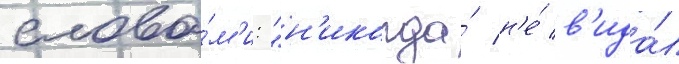
слова́м'и: "н'икогда́ н'е́ в'ида́л